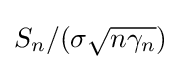
S_{n}/(\sigma {\sqrt {n\gamma _{n}}})